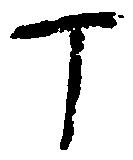
丁